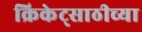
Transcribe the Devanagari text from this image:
क्रिकेट्साठीच्या